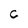
Character: C